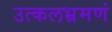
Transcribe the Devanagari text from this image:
उत्कलभ्रमणं